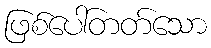
ဖြစ်ပေါ်တတ်သော